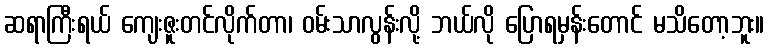
ဆရာကြီးရယ် ကျေးဇူးတင်လိုက်တာ၊ ဝမ်းသာလွန်းလို့ ဘယ်လို ပြောရမှန်းတောင် မသိတော့ဘူး။